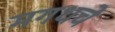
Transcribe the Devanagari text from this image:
मगधचे